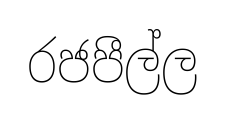
රජපීල්ල